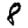
Digit: 8